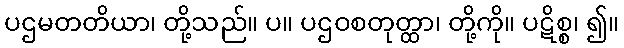
ပဌမတတိယာ၊ တို့သည်။ ပ။ ပဌဝစတုတ္ထာ၊ တို့ကို။ ပဋိစ္စ၊ ၍။